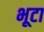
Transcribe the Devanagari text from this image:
भूटा